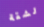
لشقة